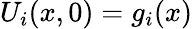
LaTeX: U_{i}(x,0)=g_{i}(x)